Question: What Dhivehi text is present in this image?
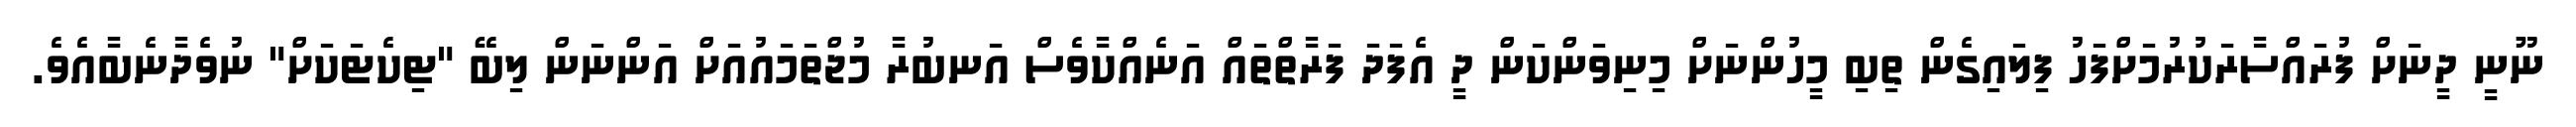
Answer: ނޫނީ ދީނަށް ފުރައްސާރަކުރުމަށްފަހު ފިލައިގެން ތިބި މީހުންނަށް މިނިވަންކަން ދީ އެފަދަ ފަރާތްތައް އަނެއްކާވެސް އަނބުރާ މުޖްތަމައުއަށް އަންނަން ލިބޭ "ޓިކެޓަކަށް" ނުވެދާނެބާއެވެ.